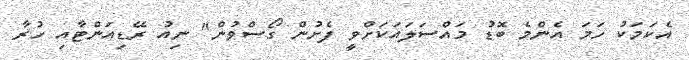
އެކަމަކު ހަމަ އެންމެ ބޮޑު މައްސަލައަކަށްވީ ފެށުން ގޯސްވުން" ނިއު ރޭޑިއަންޓާއި ހުރާ